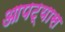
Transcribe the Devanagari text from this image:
आपट्यास